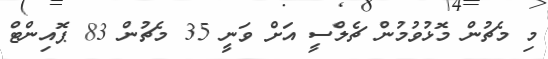
މި މެޗުން މޮޅުވުމުން ޗެލްސީ އަށް ވަނީ 35 މެޗުން 83 ޕޮއިންޓް